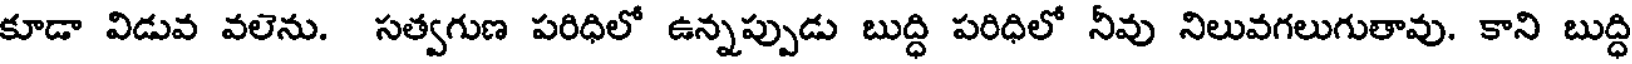
కూడా విడువ వలెను. సత్వగుణ పరిధిలో ఉన్నప్పుడు బుద్ధి పరిధిలో నీవు నిలువగలుగుతావు. కాని బుద్ధి